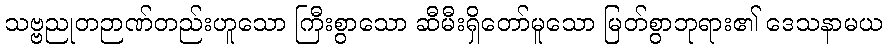
သဗ္ဗညုတဉာဏ်တည်းဟူသော ကြီးစွာသော ဆီမီးရှိတော်မူသော မြတ်စွာဘုရား၏ ဒေသနာမယ